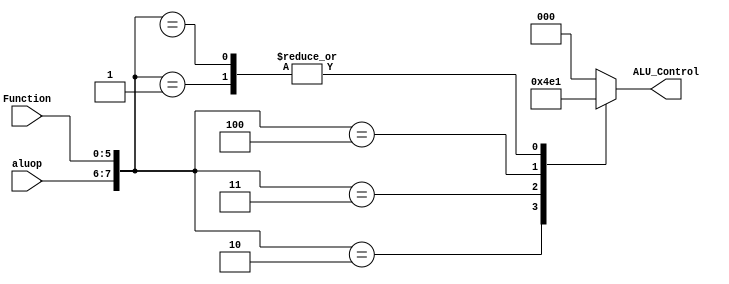
//Verilog Code for ALU control

`timescale 1ns/1ps

module alu_control(   
  input [1:0] aluop,//ALU operation selector input for instruction specification
  input [5:0] Function,//This is Instruction_Mem[5:0]
  output reg[2:0] ALU_Control //This will be the instruction selector for the ALU: add, sub, and, or, lw, sw, beq 
 );
  
  wire [7:0] ALUControlInput;
  assign ALUControlInput = {aluop, Function};//This is an 8 bit combintaion consisting of the 2 bits for ALUop and the 6 bits for ALU_function. This will make efficient selection for instruction specification
  
  always @(ALUControlInput)  
    begin
		case(ALUControlInput)
        
        8'b000000: begin
          					ALU_Control = 3'b000; //add
                     end 
        
        8'b000001: begin
          
          					ALU_Control = 3'b001; //sub 
        			 end 
        
        8'b000010: begin
          
          					ALU_Control = 3'b010; //and 
        			 end 
          
 		8'b000011: begin
          
          					ALU_Control = 3'b011; //or 
        			 end 
          
        8'b000100: begin 
          					ALU_Control = 3'b100; //slt
        		     end 
      
    	8'b11xxxx: begin
          
          					ALU_Control = 3'b000; //lw 
        			 end 
        
        8'b11xxxx: begin
          
          					ALU_Control = 3'b000; //sw 
        			 end 
     
        
        8'b01xxxx: begin
          
          					ALU_Control = 3'b001; //beq 
        			 end 
          
        default: begin
          					ALU_Control = 3'b000; //add
                   end 
        endcase
    end 
 
endmodule